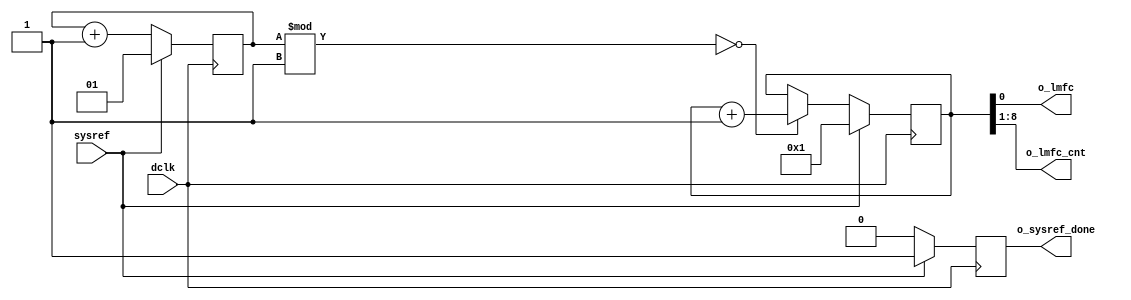
module jesd204b_lmfc_generator #(
    parameter JESD_F = 1,   // the number of octet per frame
    parameter JESD_K = 8,   // the number of frame per multi frame
    parameter DCLK_DIV = 4, // f_deviceclock@fpga * DCLK_DIV = f_deviceclocl@adc
    parameter LMFC_CNT_WIDTH = 8 // 
) (
    input wire dclk,   // from transceiver clock buffer 
    input wire sysref, // MRCC pin is recommanded

    output wire o_lmfc,
    output wire[LMFC_CNT_WIDTH-1:0] o_lmfc_cnt,
    output wire o_sysref_done
);

reg[LMFC_CNT_WIDTH:0] lmfc_cnt_double = 0;
assign o_lmfc_cnt = lmfc_cnt_double >> 1;
assign o_lmfc = lmfc_cnt_double[0];

localparam dclk_cnt_width = $clog2(((JESD_K * JESD_F)/DCLK_DIV)+1);
reg[dclk_cnt_width-1:0] dclk_cnt = 0;

reg sysref_done_flag = 0;
assign o_sysref_done = sysref_done_flag;

// generate LMFC clock inside of FPGA
always @(posedge dclk ) begin
    if(sysref) begin
        lmfc_cnt_double <= 1;
        dclk_cnt        <= 1;
        sysref_done_flag          <= 1'b1;
    end else begin
        sysref_done_flag <= 1'b0;
        dclk_cnt <= dclk_cnt + 1;
        if( dclk_cnt % (((JESD_K * JESD_F)/DCLK_DIV)/2) == 0) begin
            lmfc_cnt_double <= lmfc_cnt_double + 1;
        end
    end
end
    
endmodule